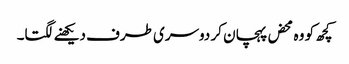
کچھ کو وہ محض پہچان کر دوسری طرف دیکھنے لگتا۔